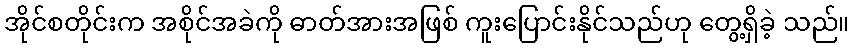
အိုင်စတိုင်းက အစိုင်အခဲကို ဓာတ်အားအဖြစ် ကူးပြောင်းနိုင်သည်ဟု တွေ့ရှိခဲ့ သည်။